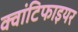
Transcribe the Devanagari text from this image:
क्वांटिफाइयर